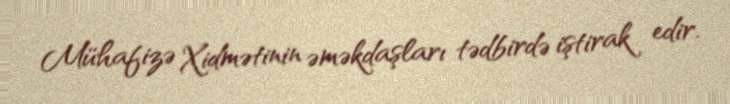
Mühafizə Xidmətinin əməkdaşları tədbirdə iştirak edir.